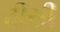
ટીસી